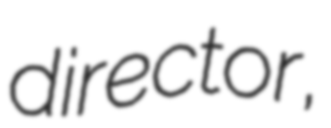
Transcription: director,